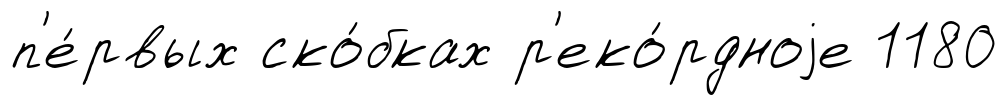
п'е́рвых ско́бках р'еко́рдноjе 1180